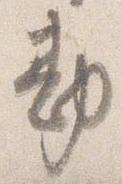
勘